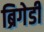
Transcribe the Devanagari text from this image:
ब्रिगेडी